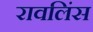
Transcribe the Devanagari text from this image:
रावलिंस